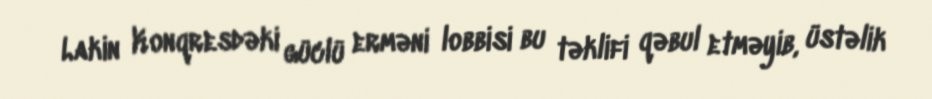
Lakin Konqresdəki güclü erməni lobbisi bu təklifi qəbul etməyib, üstəlik